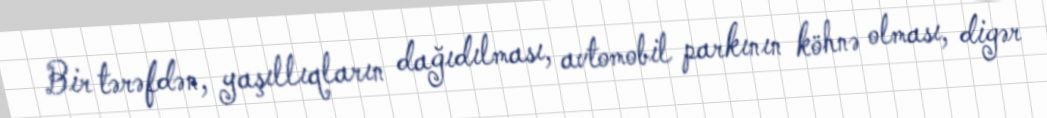
Bir tərəfdən, yaşıllıqların dağıdılması, avtomobil parkının köhnə olması, digər